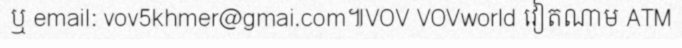
ឬ email: vov5khmer@gmai.com៕VOV VOVworld វៀតណាម ATM